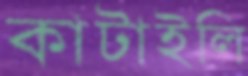
কাটাইলি